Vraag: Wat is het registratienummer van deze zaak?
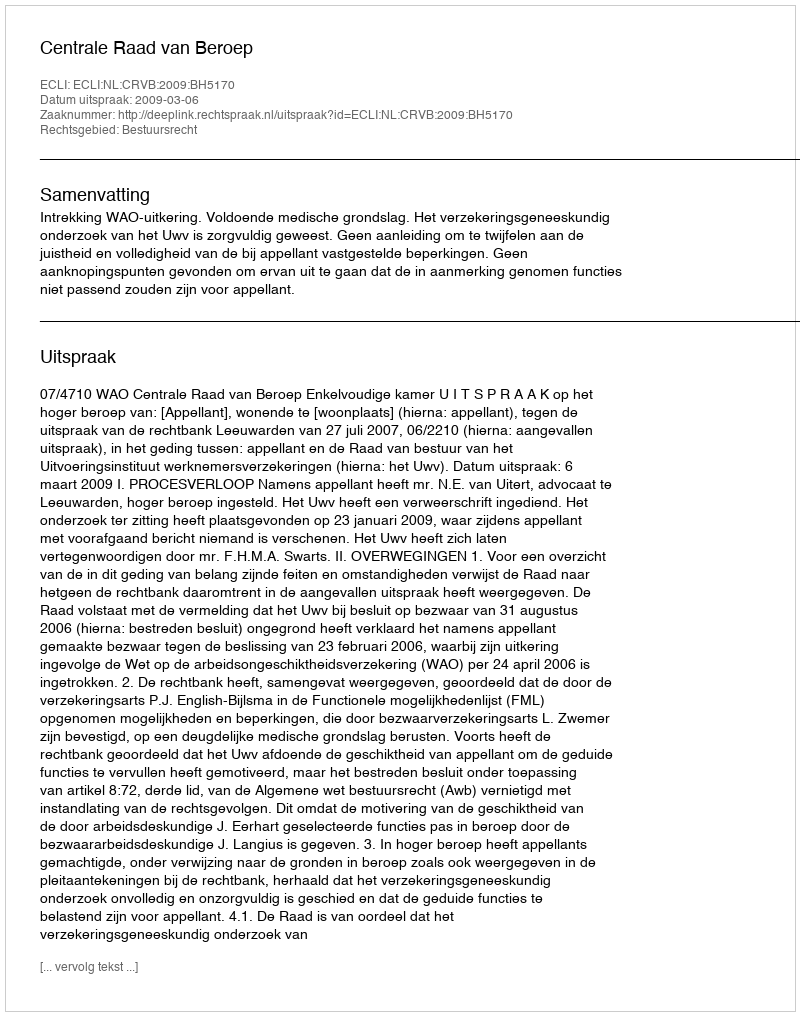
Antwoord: http://deeplink.rechtspraak.nl/uitspraak?id=ECLI:NL:CRVB:2009:BH5170